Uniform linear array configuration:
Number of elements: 12
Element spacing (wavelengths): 1
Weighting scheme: kaiser
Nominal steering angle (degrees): -15
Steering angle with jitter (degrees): -15.132
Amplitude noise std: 0.05
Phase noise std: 0.05

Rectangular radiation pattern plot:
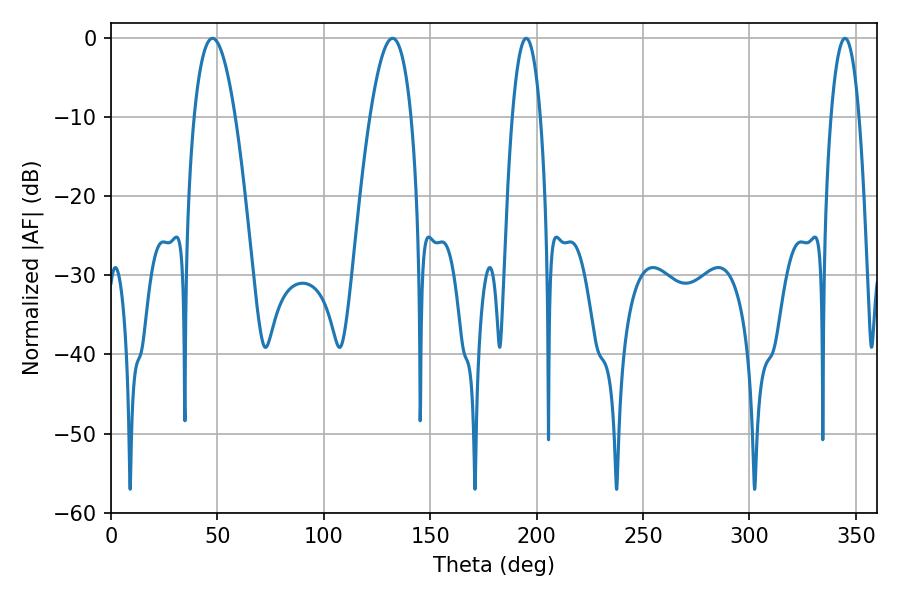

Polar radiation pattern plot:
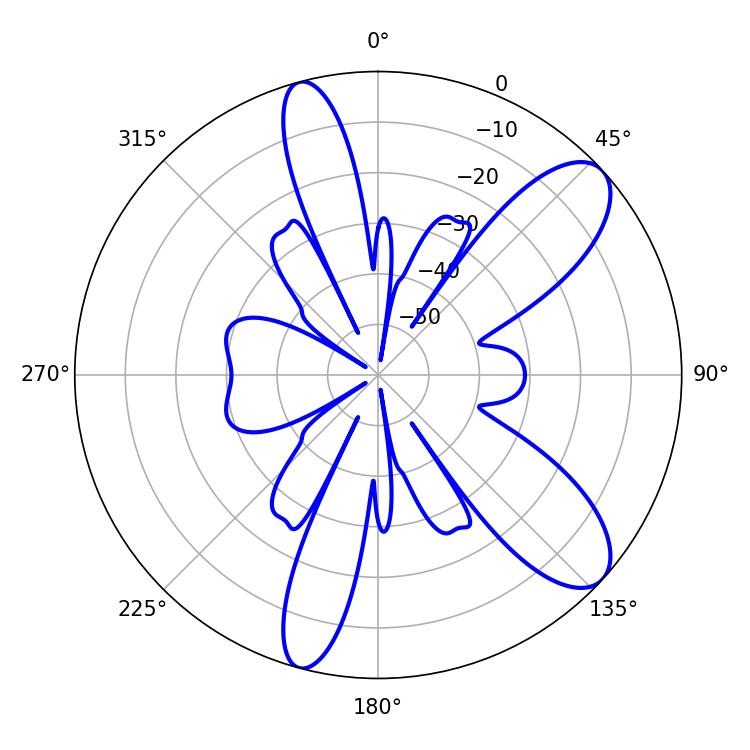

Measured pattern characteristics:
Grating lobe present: TRUE
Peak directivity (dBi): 9.494
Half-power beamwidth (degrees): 10.62
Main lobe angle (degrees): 47.7